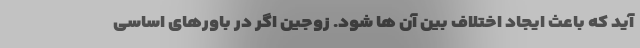
آید که باعث ایجاد اختلاف بین آن ها شود. زوجین اگر در باورهای اساسی